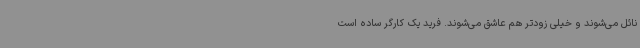
نائل می‌شوند و خیلی زودتر هم عاشق می‌شوند. فرید یک کارگر ساده است